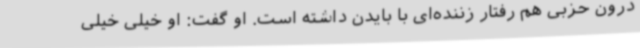
درون حزبی هم رفتار زننده‌ای با بایدن داشته است. او گفت: او خیلی خیلی